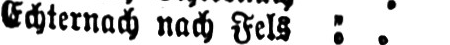
Echternach nach Fels ..